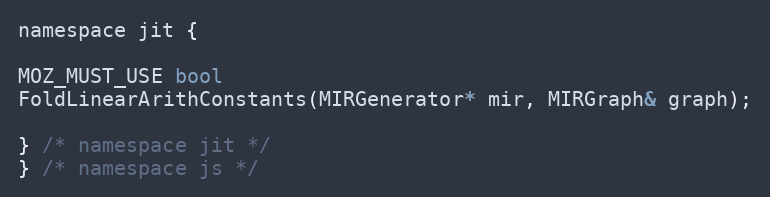
Language: C
namespace jit {

MOZ_MUST_USE bool
FoldLinearArithConstants(MIRGenerator* mir, MIRGraph& graph);

} /* namespace jit */
} /* namespace js */